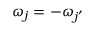
{ \omega } _ { j } = - { \omega } _ { j { ' } }